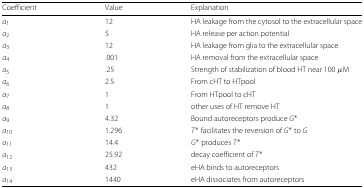
<table><thead><tr><td><b>Coefficient</b></td><td><b>Value</b></td><td><b>Explanation</b></td></tr></thead><tbody><tr><td><i>a</i><sub>1</sub></td><td>12</td><td>HA leakage from the cytosol to the extracellular space</td></tr><tr><td><i>a</i><sub>2</sub></td><td>5</td><td>HA release per action potential</td></tr><tr><td><i>a</i><sub>3</sub></td><td>12</td><td>HA leakage from glia to the extracellular space</td></tr><tr><td><i>a</i><sub>4</sub></td><td>.001</td><td>HA removal from the extracellular space</td></tr><tr><td><i>a</i><sub>5</sub></td><td>.25</td><td>Strength of stabilization of blood HT near 100 <i>μ</i>M</td></tr><tr><td><i>a</i><sub>6</sub></td><td>2.5</td><td>From cHT to HTpool</td></tr><tr><td><i>a</i><sub>7</sub></td><td>1</td><td>From HTpool to cHT</td></tr><tr><td><i>a</i><sub>8</sub></td><td>1</td><td>other uses of HT remove HT</td></tr><tr><td><i>a</i><sub>9</sub></td><td>4.32</td><td>Bound autoreceptors produce <i>G</i><sup>∗</sup></td></tr><tr><td><i>a</i><sub>10</sub></td><td>1.296</td><td><i>T</i><sup>∗</sup> facilitates the reversion of <i>G</i><sup>∗</sup> to <i>G</i></td></tr><tr><td><i>a</i><sub>11</sub></td><td>14.4</td><td><i>G</i><sup>∗</sup> produces <i>T</i><sup>∗</sup></td></tr><tr><td><i>a</i><sub>12</sub></td><td>25.92</td><td>decay coefficient of <i>T</i><sup>∗</sup></td></tr><tr><td><i>a</i><sub>13</sub></td><td>432</td><td>eHA binds to autoreceptors</td></tr><tr><td><i>a</i><sub>14</sub></td><td>1440</td><td>eHA dissociates from autoreceptors</td></tr></tbody></table>